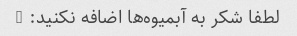
لطفا شکر به آبمیوه‌ها اضافه نکنید: (